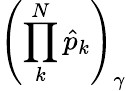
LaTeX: \left(\prod_{k}^{N}\hat{p}_{k}\right)_{\gamma}